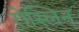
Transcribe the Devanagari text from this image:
रोस्लिन